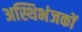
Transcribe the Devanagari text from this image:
अस्थिभंजकों